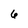
Character: 6